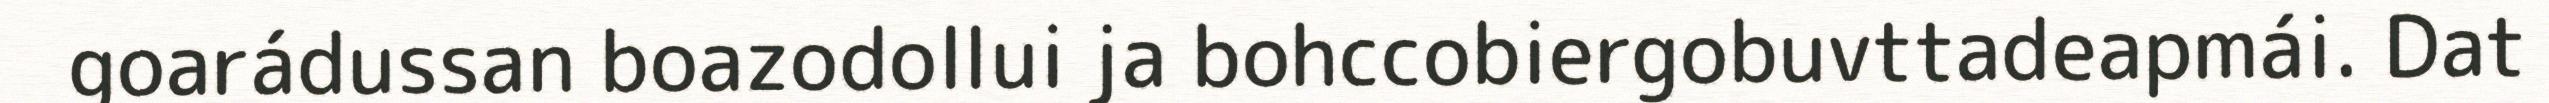
goarádussan boazodollui ja bohccobiergobuvttadeapmái. Dat